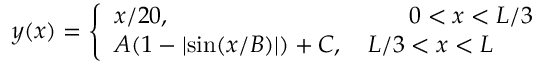
y ( x ) = \left\{ \begin{array} { l l } { x / 2 0 , ~ ~ ~ ~ ~ ~ ~ ~ ~ ~ ~ ~ ~ ~ ~ ~ ~ ~ ~ ~ ~ ~ ~ ~ ~ ~ ~ ~ ~ ~ 0 < x < L / 3 } \\ { A ( 1 - \lvert \sin ( x / B ) \rvert ) + C , ~ ~ ~ L / 3 < x < L } \end{array} \right.